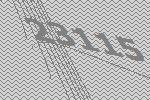
23115